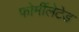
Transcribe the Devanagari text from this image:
फोर्मीलेटेड